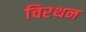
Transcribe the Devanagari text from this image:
चिरथन